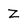
Character: Z